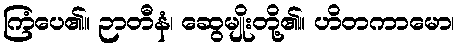
ကြံပေ၏။ ဉာတီနံ၊ ဆွေမျိုးတို့၏။ ဟိတကာမော၊